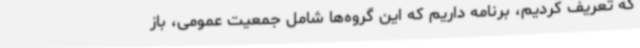
که تعریف کردیم، برنامه داریم که این گروه‌ها شامل جمعیت عمومی، باز